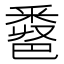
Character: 𨤖